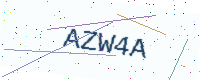
Text: AZW4A